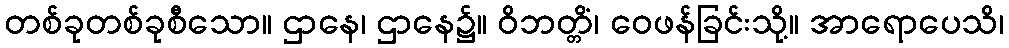
တစ်ခုတစ်ခုစီသော။ ဌာနေ၊ ဌာနေ၌။ ဝိဘတ္တိံ၊ ဝေဖန်ခြင်းသို့။ အာရောပေသိ၊